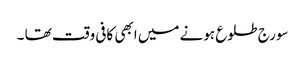
سورج طلوع ہونے میں ابھی کافی وقت تھا ۔